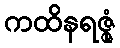
ကထိနရဇ္ဇုံ